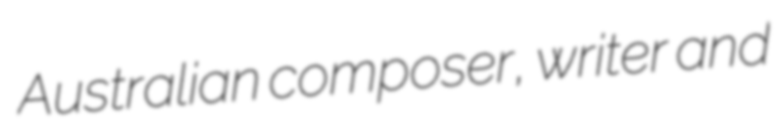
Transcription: Australian composer, writer and